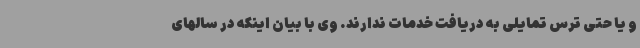
و یا حتی ترس تمایلی به دریافت خدمات ندارند. وی با بیان اینکه در سالهای